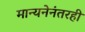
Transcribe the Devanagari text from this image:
मान्यनेनंतरही